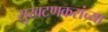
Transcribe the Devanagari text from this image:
सुखटणकरांच्या